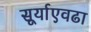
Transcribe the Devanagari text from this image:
सूर्याएवढा